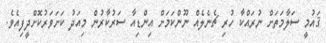
ޤައުމީ ސަލާމަތަށް ނުރައްކާ ހުރި ޗެނެލެއް ނޫންކަމަށް އިންޑިއާ ސަރުކާރުން މިއަދު ކަށަވަރުކޮށްދީފިއެވެ.